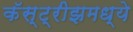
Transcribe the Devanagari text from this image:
कॅस्ट्रीझमध्ये